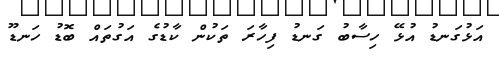
އަޅުގަނޑު އުޅޭ ހިސާބު ގަނޑު ފިހާރަ ތަކުން ކާޑުގެ އަގުތައް ބޮޑު ހަނޑޫ